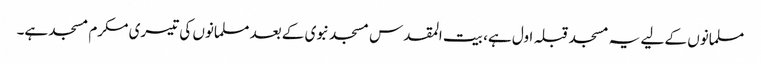
مسلمانوں کے لیے یہ مسجد قبلہ اول ہے، بیت المقدس مسجد نبوی کے بعد مسلمانوں کی تیسری مکرم مسجد ہے۔